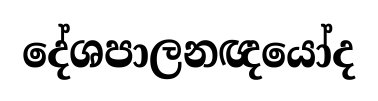
දේශපාලනඥයෝද